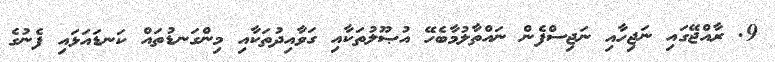
9. ރާއްޖޭގައި ނަޖިހާއި ނަޖިސްފެން ނައްތާލުމާބެހޭ އުޞޫލުތަކާއި ގަވާއިދުތަކާއި މިންގަނޑުތައް ކަނޑައަޅައި ފެނުގެ